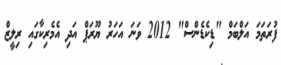
ފުރަތަމަ އަލްބަމް "ޑިކެޑެންސް" 2012 ވަނަ އަހަރު ޔޫރަޕް އަދި އެމެރިކާގައި ރިލީޒް